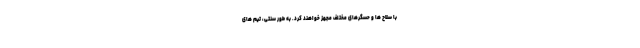
با سلاح ها و حسگرهای مختلف مجهز خواهند کرد. به طور سنتی، تیم های